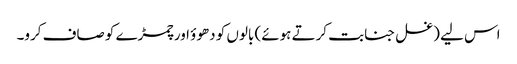
اس لیے (غسل جنابت کرتے ہوئے) بالوں کو دھوؤ اور چمڑے کو صاف کرو۔